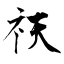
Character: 祆